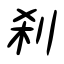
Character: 刹